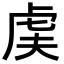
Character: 𬟨